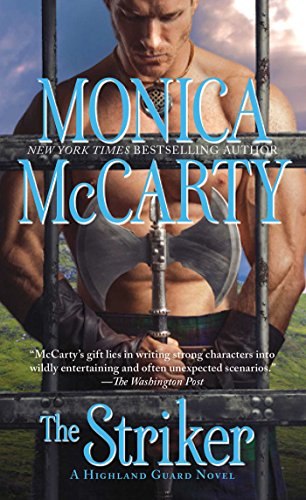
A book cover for The Striker (Highland Guard); Monica McCarty; Romance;